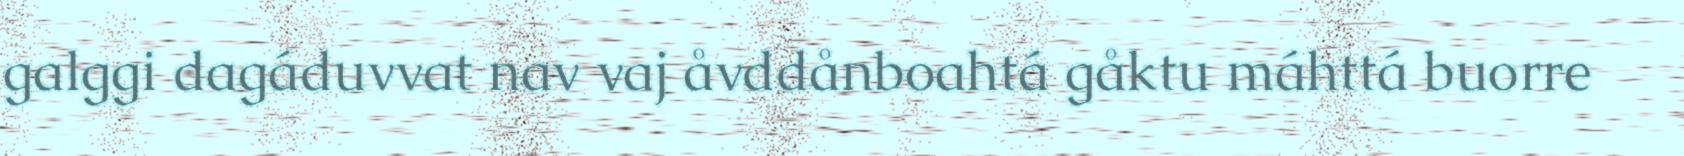
galggi dagáduvvat nav vaj åvddånboahtá gåktu máhttá buorre